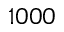
1 0 0 0